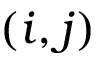
( i , j )